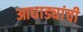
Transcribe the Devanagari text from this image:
आघाड्यांची